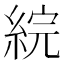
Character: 綄